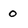
Character: o